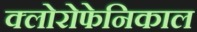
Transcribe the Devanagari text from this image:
क्लोरोफेनिकाल